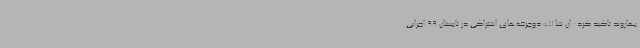
بهاروند تاکید کرد: ان شا الله دوچرخه‌های اشتراکی در تابستان 99 اجرایی